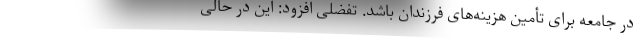
در جامعه برای تأمین هزینه‌های فرزندان باشد. تفضلی افزود: این در حالی